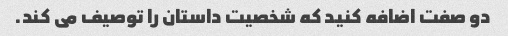
دو صفت اضافه کنید که شخصیت داستان را توصیف می کند.